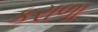
કરાળા